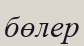
бөлер